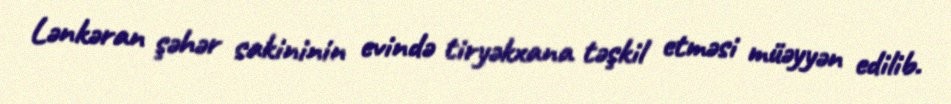
Lənkəran şəhər sakininin evində tiryəkxana təşkil etməsi müəyyən edilib.